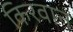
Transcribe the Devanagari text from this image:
किरवान